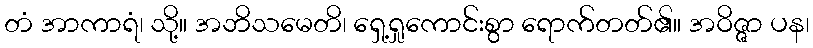
တံ အာကာရံ၊ သို့။ အဘိသမေတိ၊ ရှေ့ရှုကောင်းစွာ ရောက်တတ်၏။ အဝိဇ္ဇာ ပန၊